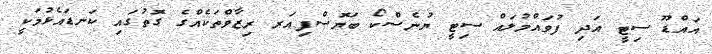
އައްޑޫ ސިޓީ އަދި ފުވައްމުލައް ސިޓީ ޔުނެސްކޯ ބަޔޮސްފިއަރ ރިޒާވްތަކެއްގެ ގޮތުގައި ކަނޑައެޅުމަކީ